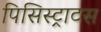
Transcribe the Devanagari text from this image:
पिसिस्ट्राटस